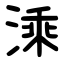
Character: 溗